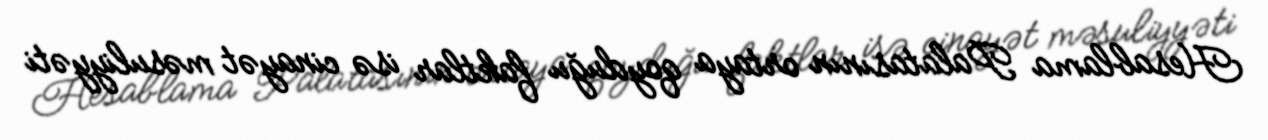
Hesablama Palatasının ortaya qoyduğu faktlar isə cinayət məsuliyyəti